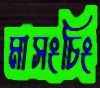
মাসংচিং